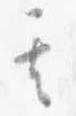
其